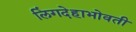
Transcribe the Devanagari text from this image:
लिंगदेहाभोवती